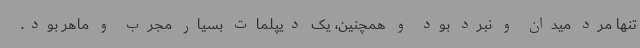
تنها مرد میدان و نبرد بود و همچنین، یک دیپلمات بسیار مجرب و ماهر بود.